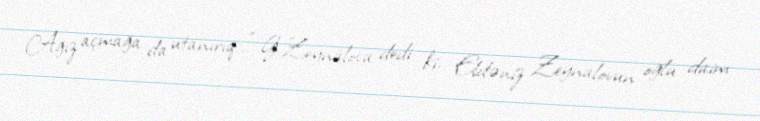
Ağız açmağa da utanırıq...” G.Zeynalova dedi ki, Eldəniz Zeynalovun oğlu daim